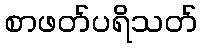
စာဖတ်ပရိသတ်